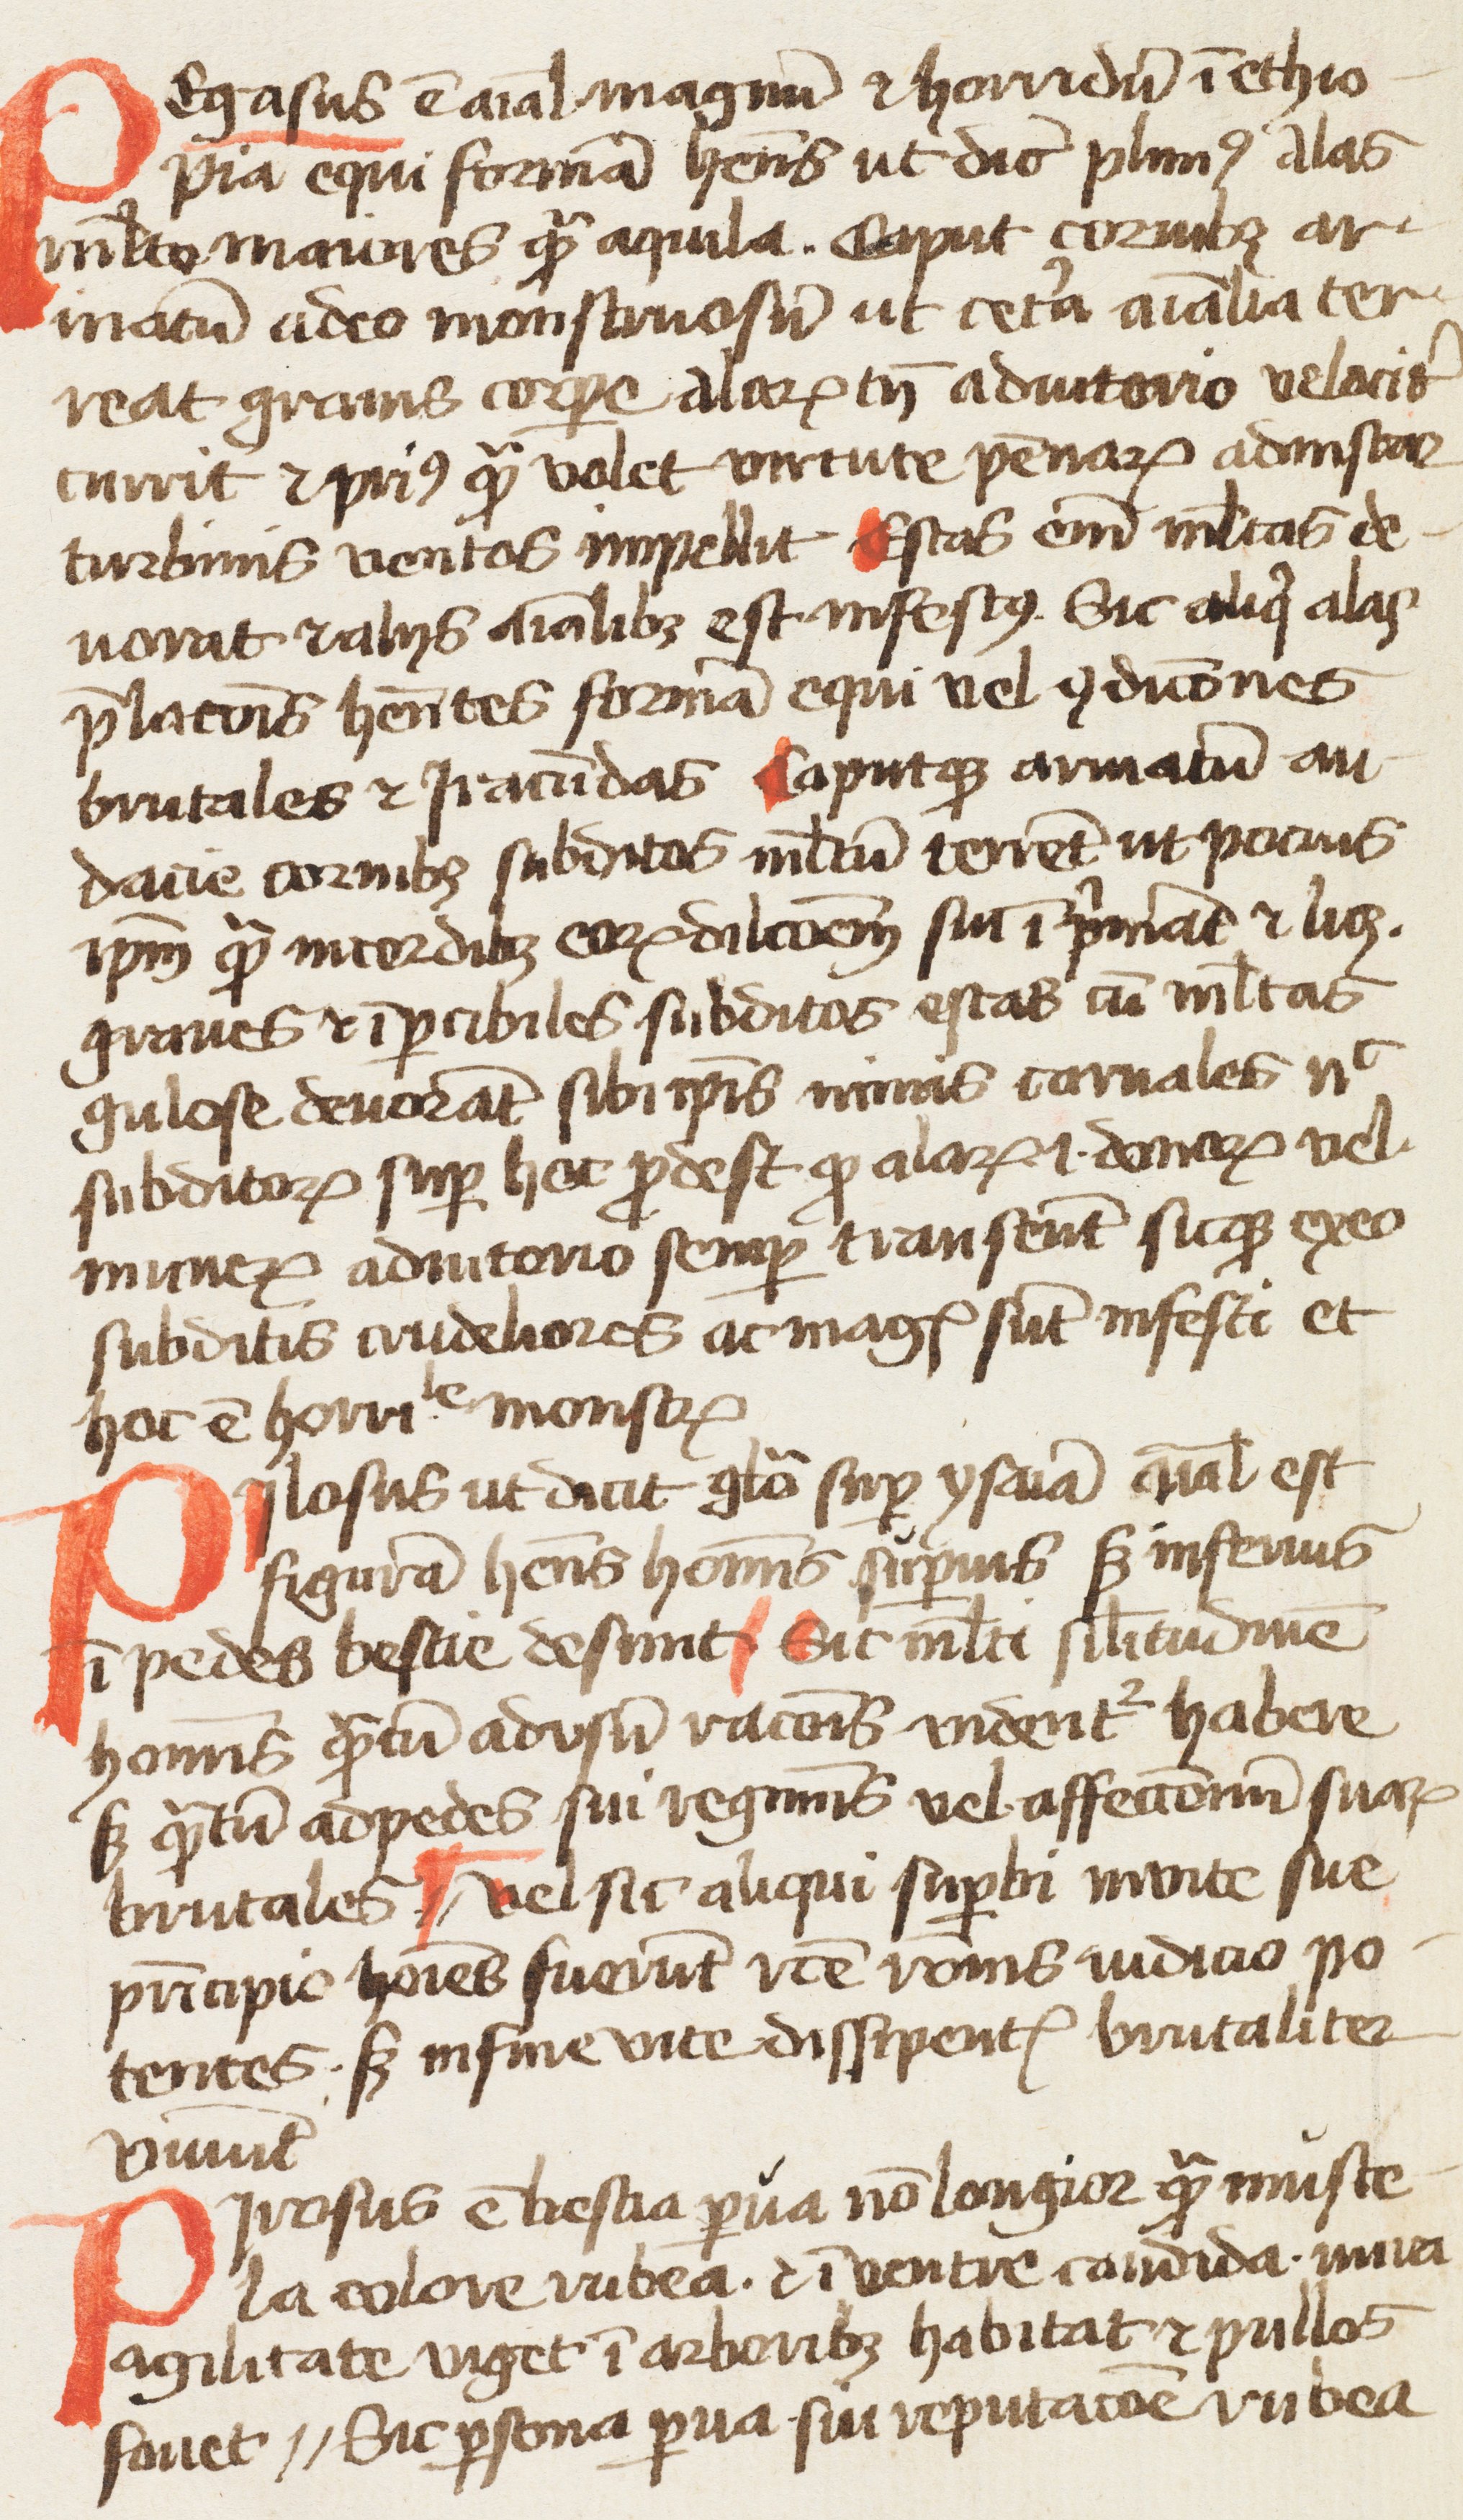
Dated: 1350–1399